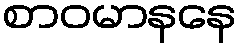
စာဝမာနနေ